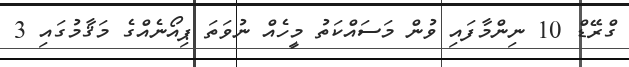
ގްރޭޑް 10 ނިންމާފައި ވުން މަސައްކަތު މީހެއް ނުވަތަ ޕިއޯނެއްގެ މަޤާމުގައި 3